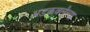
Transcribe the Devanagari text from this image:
अडकवलेल्या